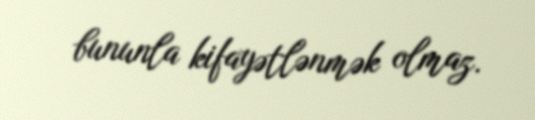
bununla kifayətlənmək olmaz.